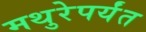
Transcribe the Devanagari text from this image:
मथुरेपर्यंत